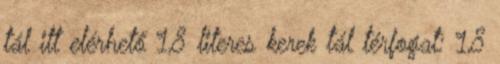
tál itt elérhető 1,8 literes kerek tál térfogat: 1,8